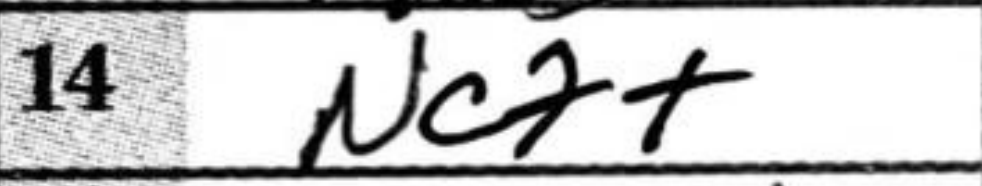
Transcription: Nc7+